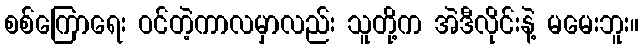
စစ်ကြောရေး ဝင်တဲ့ကာလမှာလည်း သူတို့က အဲဒီလိုင်းနဲ့ မမေးဘူး။